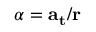
\alpha = \mathbf { a _ { \mathbf { t } } } / \mathbf { r }